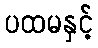
ပထမနှင့်